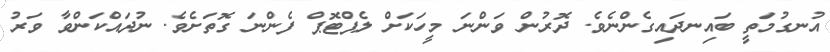
އުނގުމަތީ ބައިނދައިގެންނެވެ. ދޮރުން ވަންނަ މީހަކަށް ލެޕްޓޮޕް ފެންނަ ގޮތަށެވެ. ނުދައްކަންވާ ވަރު